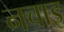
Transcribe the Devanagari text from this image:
नचाइ